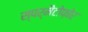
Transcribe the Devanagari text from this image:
स्पर्मैटोफ़ोर